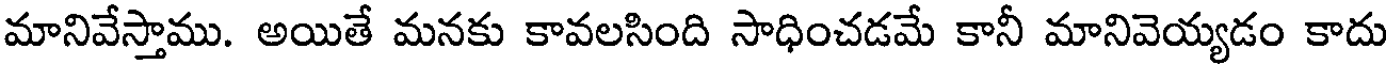
మానివేస్తాము. అయితే మనకు కావలసింది సాధించడమే కానీ మానివెయ్యడం కాదు